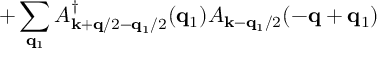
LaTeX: + \sum _ { { \bf { q } } _ { 1 } } A _ { { \bf { k } } + { \bf { q } } / 2 - { \bf { q } } _ { 1 } / 2 } ^ { \dagger } ( { \bf { q } } _ { 1 } ) A _ { { \bf { k } } - { \bf { q } } _ { 1 } / 2 } ( - { \bf { q } } + { \bf { q } } _ { 1 } )